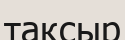
тақсыр